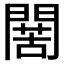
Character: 𮤙